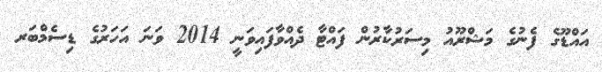
އައްޑޫގެ ފެނުގެ މަޝްރޫއު މިސަރުކާރުން ފައްޓާ ދެއްވާފައިވަނީ 2014 ވަނަ އަހަރުގެ ޑިސެމްބަރ